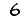
Digit: 6